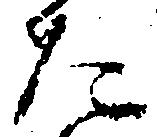
た